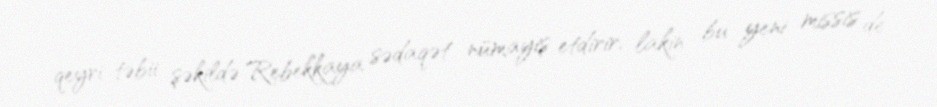
qeyri-təbii şəkildə Rebekkaya sədaqət nümayiş etdirir, lakin bu yeni missis de